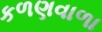
કળણવાળા